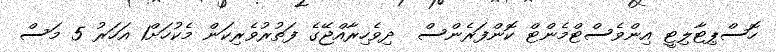
ހޮސްޕިޓާލިޓީ އިންވެސްޓްމެންޓް ކޮންފަރެންސް  ދިވެހިރާއްޖޭގެ ފަތުރުވެރިކަން މެކުހަށް1 އަހަރު 5 މަސް